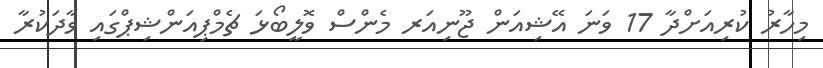
މިހާރު ކުރިއަށްދާ 17 ވަނަ އޭޝިއަން ޖޫނިއަރ މެންސް ވޮލީބޯޅަ ޗެމްޕިއަންޝިޕްގައި ވާދަކުރާ